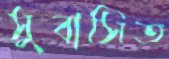
সুবাসিত